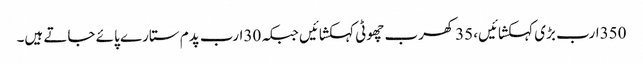
350ارب بڑی کہکشائیں، 35کھرب چھوٹی کہکشائیں جبکہ 30ارب پدم ستارے پائے جاتے ہیں۔